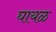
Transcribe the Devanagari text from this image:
घायळ